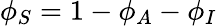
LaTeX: \phi_{S}=1-\phi_{A}-\phi_{I}